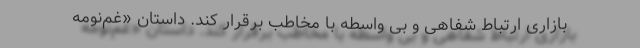
بازاری ارتباط شفاهی و بی واسطه با مخاطب برقرار کند. داستان «غم‌نومه‌